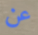
عن